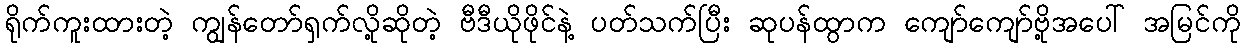
ရိုက်ကူးထားတဲ့ ကျွန်တော်ရှက်လို့ဆိုတဲ့ ဗီဒီယိုဖိုင်နဲ့ ပတ်သက်ပြီး ဆုပန်ထွာက ကျော်ကျော်ဗို့အပေါ် အမြင်ကို